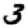
Digit: 3